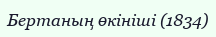
Бертаның өкініші (1834)